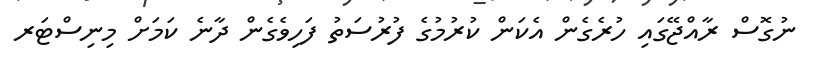
ނުގޮސް ރާއްޖޭގައި ހުރެގެން އެކަން ކުރުމުގެ ފުރުސަތު ފަހިވެގެން ދާނެ ކަމަށް މިނިސްޓަރ